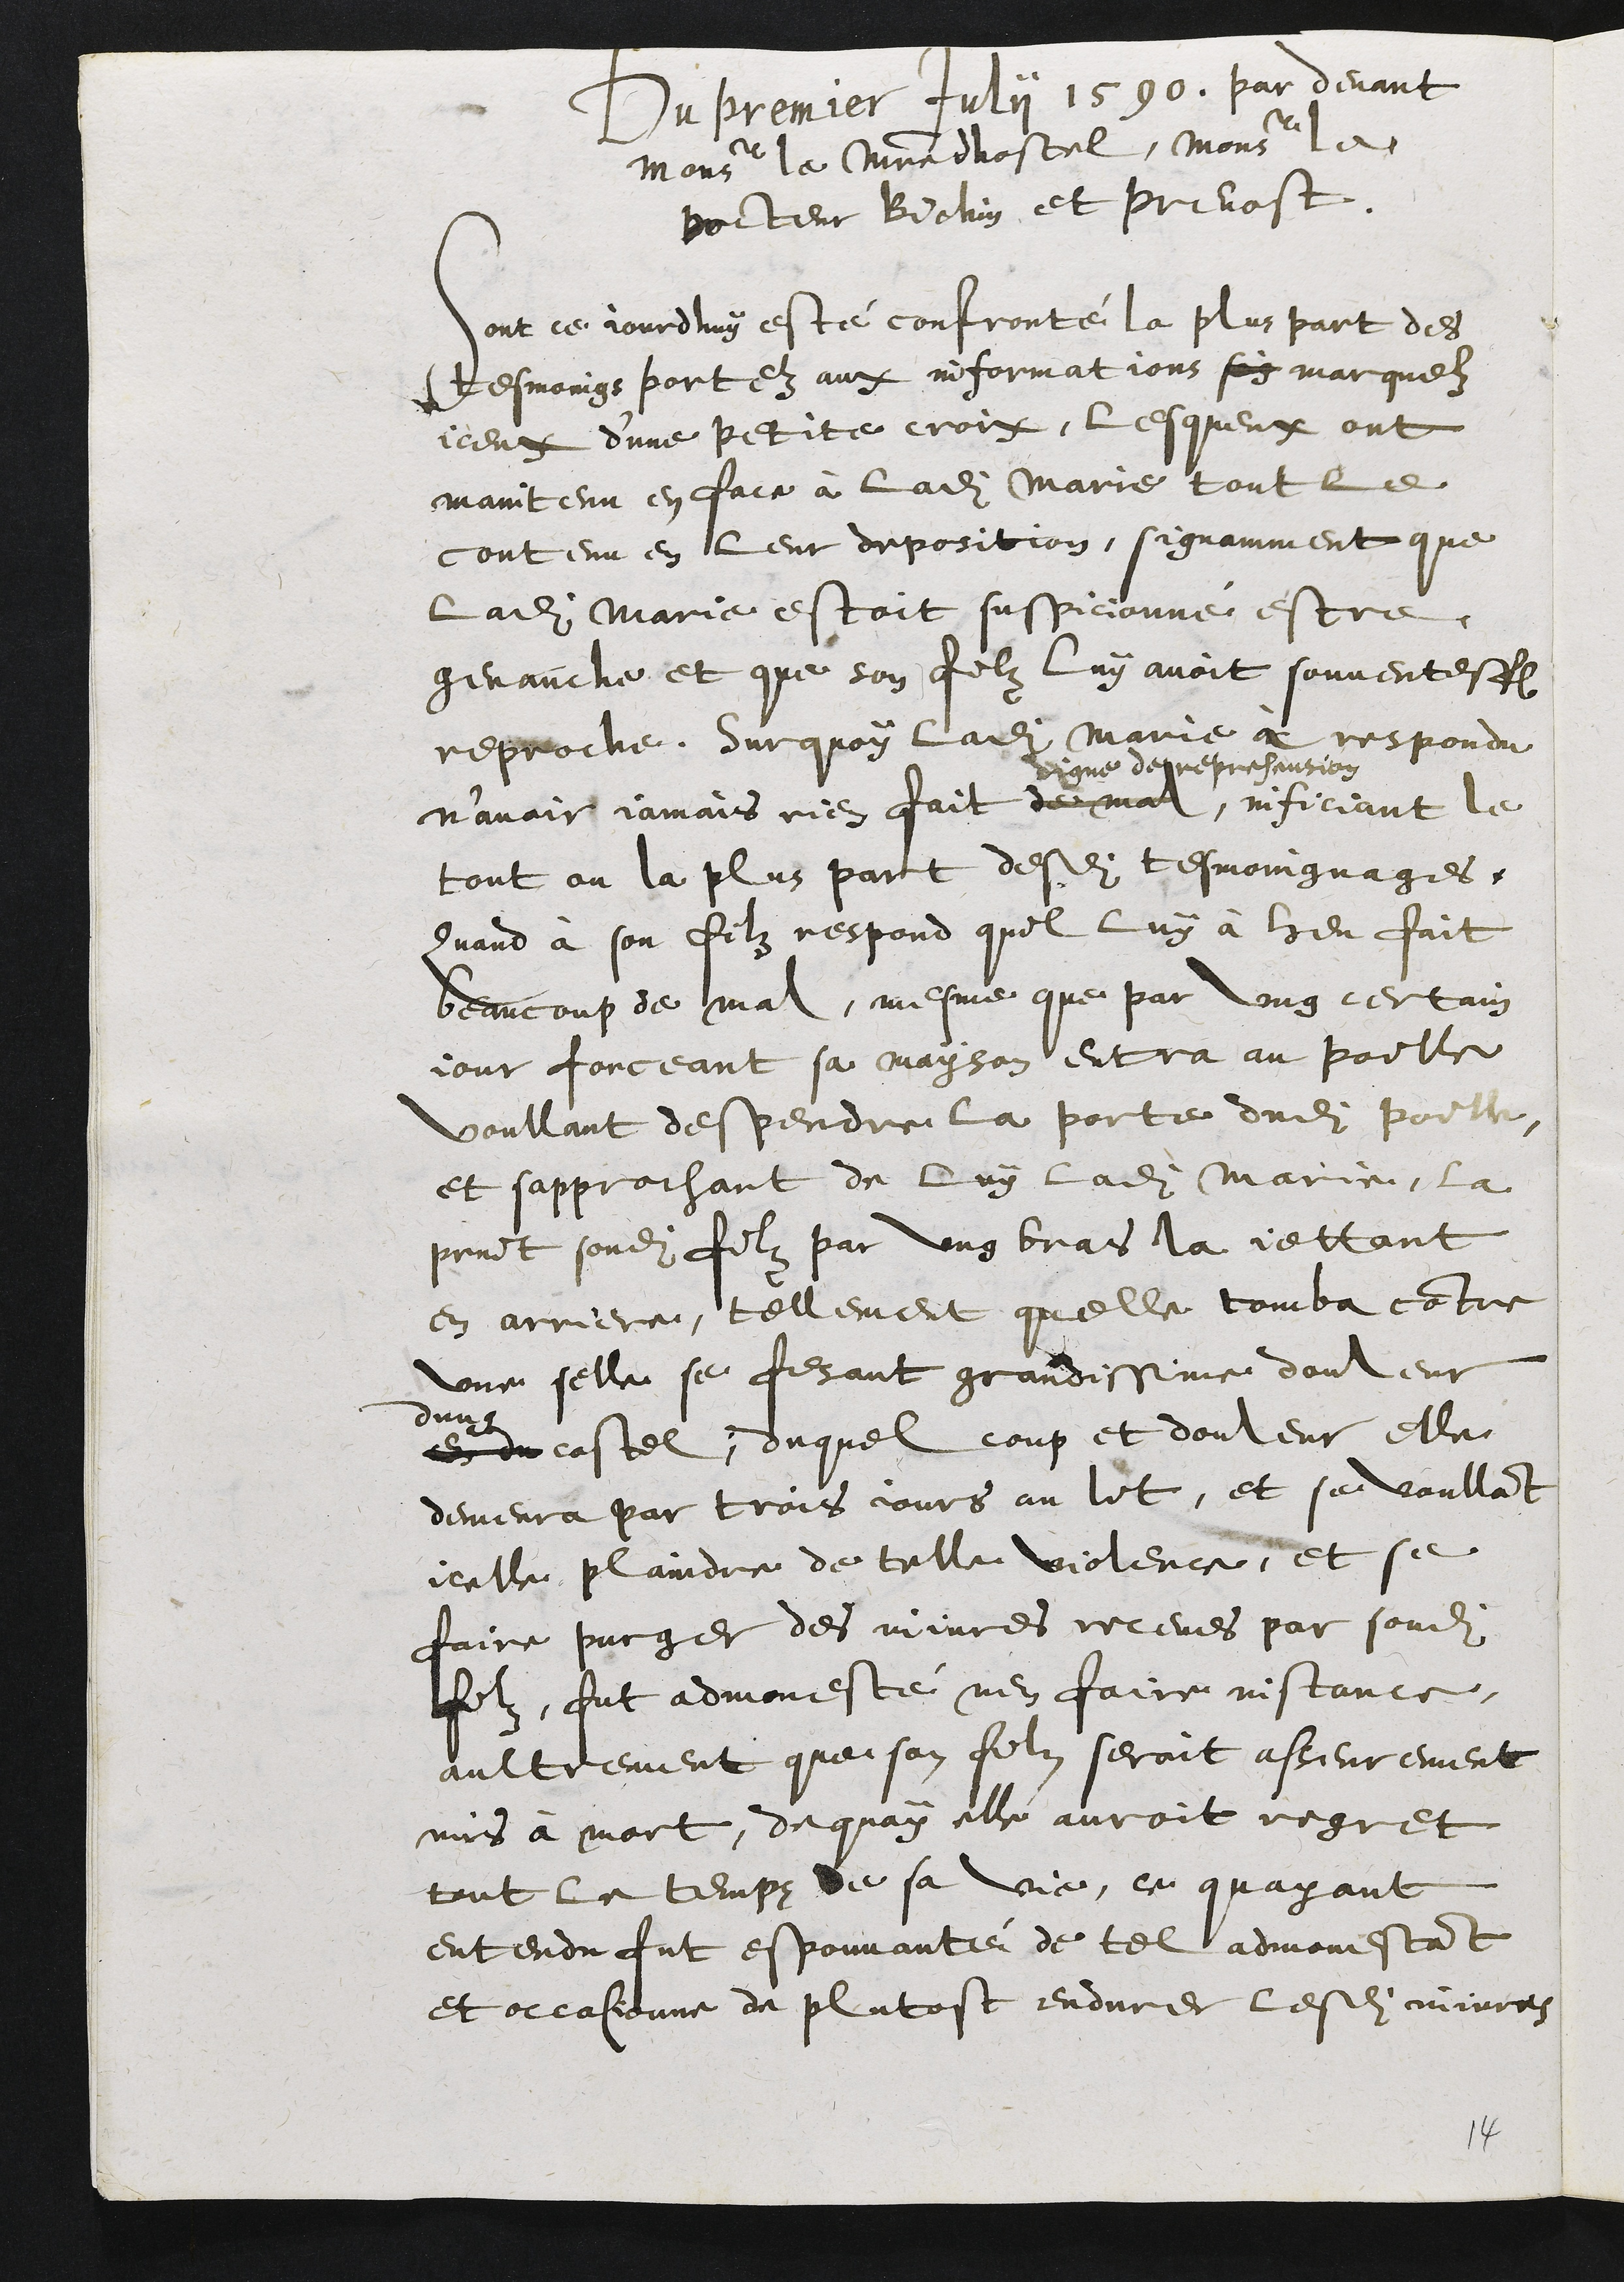
Du premier Juli 1590. par devant
Monseur le muedhostel, Monsieur le
porteur Botin et prevost.
ont ce jourduy esté confronté la pluspart des
tesmoings portez aux informat jons soy marquel
iceut dune petite croiz, lesqueux ont
maintenu en fair a ladite Marie toutle
contenu en leur deposition, signamment que
ladite Marie estoit suspicionne estre
genauche et que son felz luy avoit souventeffei
reproché. Sur quoy ladite Marie a respondu
n’avoir jamais rien fait de mal,
digne deepresencion
ificiant le
tout ou la plus part desdits tesmoingnages,
quand a son filz respond quel luy à heu fait
beaucoup de mal, mesme que par ung certain
jour forceant sa mayson entra au poille
voullant despendre la porte dudit porlte
et sapprochant de luy ladite Marie, la
print sondit filz par ung bras la jettant
en arriere, tellement quelle tomba contre
une selle se fesant grandissine dorleur
dun
en encastel, duquel coup et douleur elle
demeura par trois cours au let, et se vaullat
jeulle plaindre de telle violens, et se
faire pucger des noures receues par sondit
felz, fut aemoesté nen faire nistance
aultrement quei son feln seroit asseurement
mis à mort, de quay elle auroit regret
tout le temps de sa vie, ct quayant
entendu fut esponnante de tel admonestat
et occasonne de plutost endurer lesdites mivros